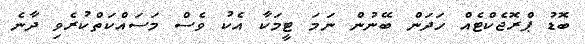
ބޮޑު ޕްރޮޖެކްޓެއް ހަދަން ބޭނުން ނަމަ ޓީމަކާ އެކު ވެސް މަސައްކަތްކުރެވި ދާނެ